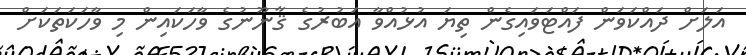
އަލަށް ދައްކަވަން ފައްޓަވައިގެން ތިޔަ އުޅުއްވާ އަބުރުގެ ޤާނޫނުގެ ވާހަކައިން މި ވާހަކަތަކަށް